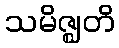
သမိဇ္ဈတိ